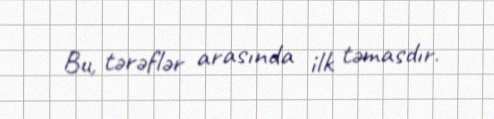
Bu, tərəflər arasında ilk təmasdır.